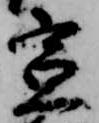
宣